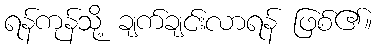
ရန်ကုန်သို့ ချက်ချင်းလာရန် ဖြစ်၏။